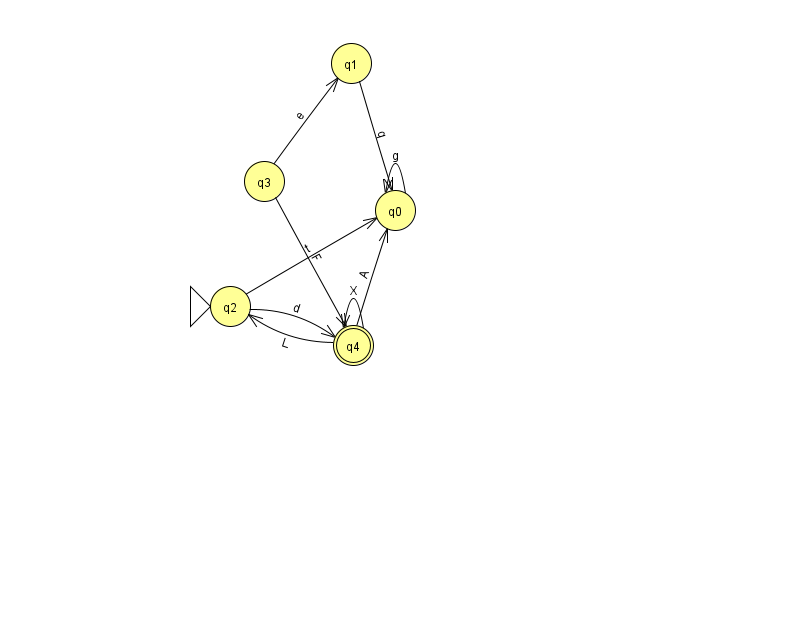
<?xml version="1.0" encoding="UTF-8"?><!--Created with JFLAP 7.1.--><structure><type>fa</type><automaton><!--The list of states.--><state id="0" name="q0"><x>395.0</x><y>197.0</y></state><state id="1" name="q1"><x>351.0</x><y>50.0</y></state><state id="2" name="q2"><x>230.0</x><y>293.0</y><initial/></state><state id="3" name="q3"><x>264.0</x><y>168.0</y></state><state id="4" name="q4"><x>353.0</x><y>332.0</y><final/></state><!--The list of transitions.--><transition><from>2</from><to>0</to><read>t</read></transition><transition><from>2</from><to>4</to><read>d</read></transition><transition><from>4</from><to>0</to><read>A</read></transition><transition><from>0</from><to>0</to><read>g</read></transition><transition><from>3</from><to>4</to><read>F</read></transition><transition><from>4</from><to>4</to><read>X</read></transition><transition><from>4</from><to>2</to><read>L</read></transition><transition><from>3</from><to>1</to><read>e</read></transition><transition><from>1</from><to>0</to><read>q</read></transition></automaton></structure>